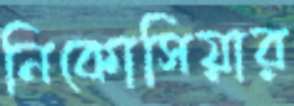
নিকোসিয়ার